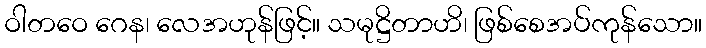
ဝါတဝေ ဂေန၊ လေအဟုန်ဖြင့်။ သမုဋ္ဌိတာဟိ၊ ဖြစ်စေအပ်ကုန်သော။